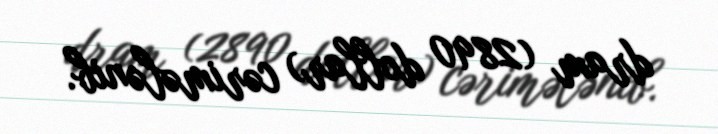
dram (2890 dollar) cərimələnib.